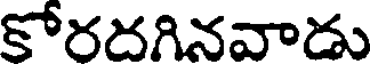
కోరదగినవాడు